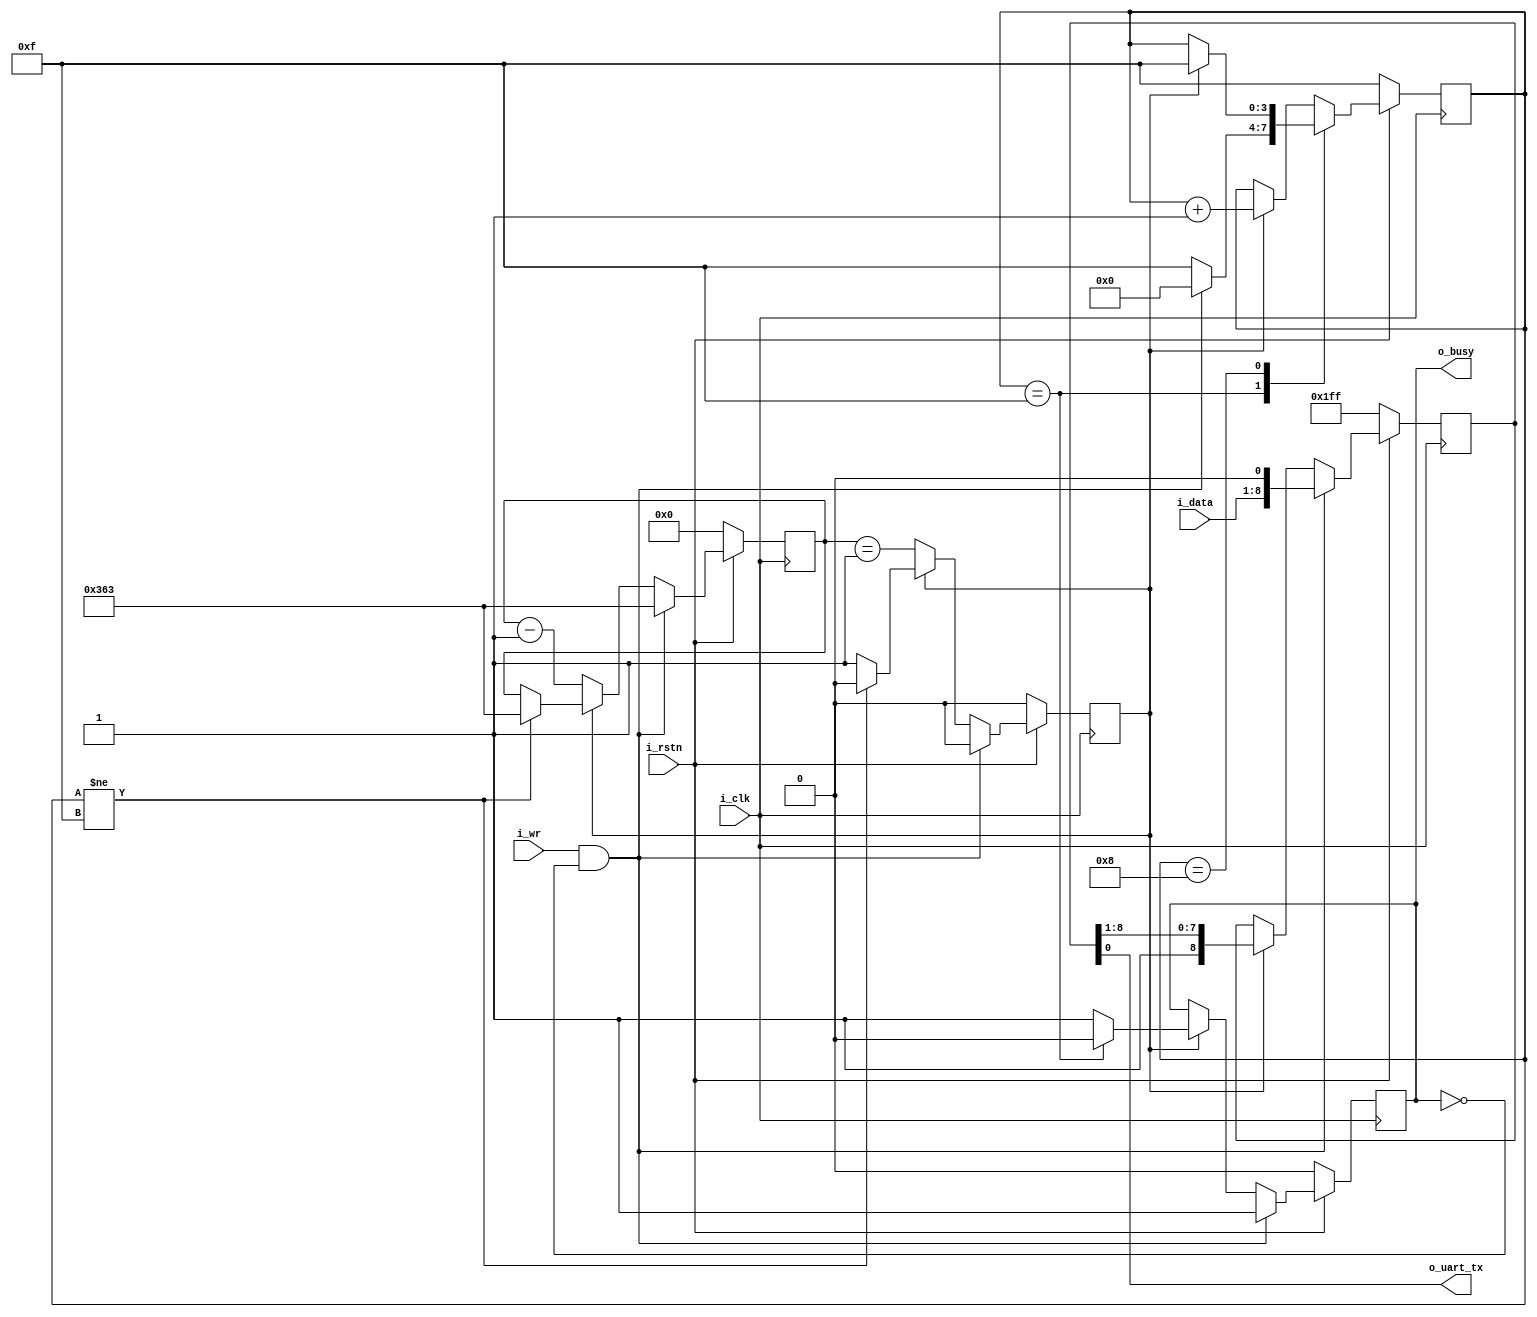


module uart_tx 
    #(parameter CLKS_PER_BAUD = 24'd868)
    (
    input  wire       i_clk,
    input  wire       i_rstn,

    input  wire       i_wr,
    input  wire [7:0] i_data,
    
    output wire       o_uart_tx,
    output reg        o_busy
    );

// 
    reg [3:0]  STATE, NEXT_STATE;
    localparam START = 4'h0;
    localparam BIT_0 = 4'h1;
    localparam BIT_1 = 4'h2;
    localparam BIT_2 = 4'h3;
    localparam BIT_3 = 4'h4;
    localparam BIT_4 = 4'h5;
    localparam BIT_5 = 4'h6;
    localparam BIT_6 = 4'h7;
    localparam BIT_7 = 4'h8;
    localparam LAST  = 4'h8;
    localparam IDLE  = 4'hf;

    reg [8:0]                     tx_queue;
    reg [$clog2(CLKS_PER_BAUD):0] baudCounter;
    reg                           baud;

    initial begin
        o_busy     = 0;
        tx_queue   = 9'h1ff;  // all 1s
        STATE      = IDLE;
        NEXT_STATE = IDLE;
    end

// Baud Counter
    always@(posedge i_clk) begin
        if(!i_rstn) begin
            baudCounter <= 0;
            baud        <= 0;
        end
        else begin
            if(i_wr && !o_busy) begin
                baudCounter <= CLKS_PER_BAUD-1;
                baud        <= 0;
            end
            else if(!baud) begin
                baudCounter <= baudCounter-1;
                baud        <= (baudCounter == 1);
            end
            else if(STATE != IDLE) begin
                baudCounter <= CLKS_PER_BAUD-1;
                baud        <= 0;
            end
        end
    end

// FSM 
    always@* begin
        case(STATE)
            IDLE:    NEXT_STATE = ((i_wr)&&(!o_busy)) ? START:IDLE;
            LAST:    NEXT_STATE = (baud) ? IDLE:STATE;
            default: NEXT_STATE = (baud) ? (STATE+1):STATE;
        endcase
    end

    always@(posedge i_clk) begin
        if(!i_rstn) STATE <= IDLE;
        else        STATE <= NEXT_STATE;
    end

// TX Shift Register
    assign o_uart_tx = tx_queue[0];
    always@(posedge i_clk) begin
        if(!i_rstn) begin
            tx_queue <= 9'h1ff;
        end
        else begin
            if(i_wr && !o_busy) tx_queue <= {i_data, 1'b0}; 
            else if(baud)     tx_queue <= {1'b1, tx_queue[8:1]};
        end
    end


// Busy Flag
    always@(posedge i_clk) begin
        if(!i_rstn) begin
            o_busy <= 0;
        end
        else if(i_wr && !o_busy) begin
            o_busy <= 1;
        end
        else if(baud) begin
            case(STATE)
                IDLE:    o_busy <= 0;
                default: o_busy <= 1; 
            endcase
        end
    end

endmodule